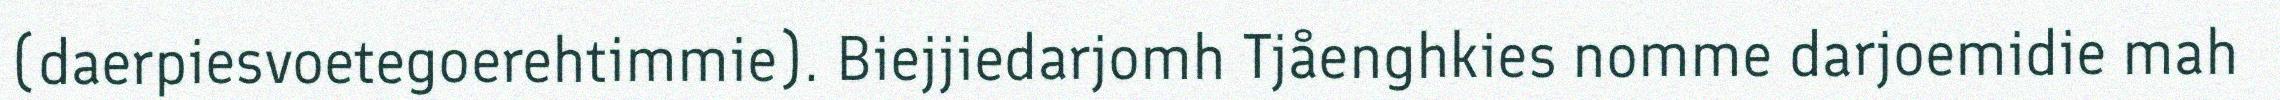
(daerpiesvoetegoerehtimmie). Biejjiedarjomh Tjåenghkies nomme darjoemidie mah